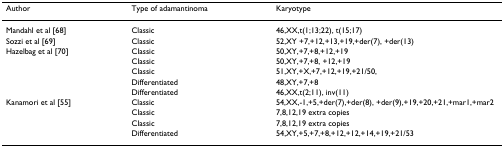
| Author | Type of adamantinoma | Karyotype |
 | --- | --- | --- |
 | Mandahl et al [68] | Classic | 46,XX,t(1;13;22), t(15;17) |
 | Sozzi et al [69] | Classic | 52,XY +7,+12,+13,+19,+der(7), +der(13) |
 | Hazelbag et al [70] | Classic | 50,XY,+7,+8,+12,+19 |
 |  | Classic | 50,XY,+7,+8, +12,+19 |
 |  | Classic | 51,XY,+X,+7,+12,+19,+21/50, |
 |  | Differentiated | 48,XY,+7,+8 |
 |  | Differentiated | 46,XX,t(2;11), inv(11) |
 | Kanamori et al [55] | Classic | 54,XX,-1,+5,+der(7),+der(8), +der(9),+19,+20,+21,+mar1,+mar2 |
 |  | Classic | 7,8,12,19 extra copies |
 |  | Classic | 7,8,12,19 extra copies |
 |  | Differentiated | 54,XY,+5,+7,+8,+12,+12,+14,+19,+21/53 |